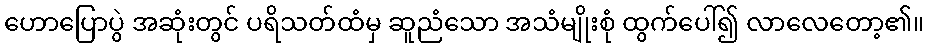
ဟောပြောပွဲ အဆုံးတွင် ပရိသတ်ထံမှ ဆူညံသော အသံမျိုးစုံ ထွက်ပေါ်၍ လာလေတော့၏။